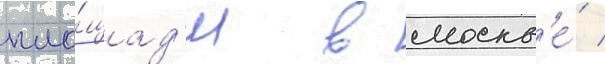
пло́щад'и в москв'е́ /